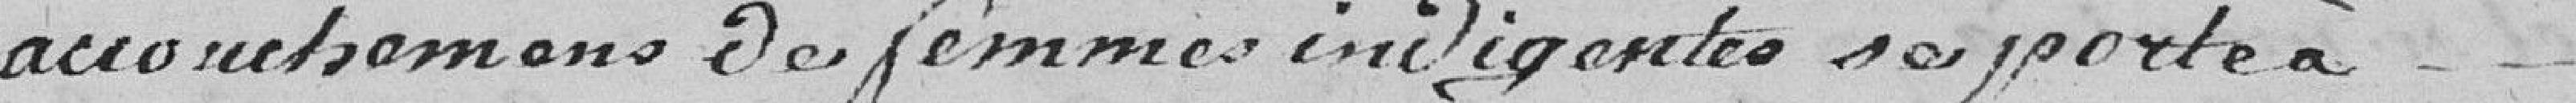
accouchements de femmes indigentes se porte à ...